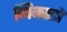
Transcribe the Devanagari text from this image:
मिकाडो